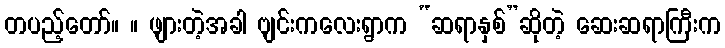
တပည့်တော်။ ။ ဖျားတဲ့အခါ ဗျင်းကလေးရွာက “ဆရာနှစ်”ဆိုတဲ့ ဆေးဆရာကြီးက